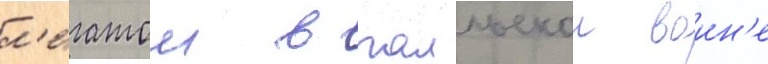
л'егатом в галльскои воин'е